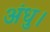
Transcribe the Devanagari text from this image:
अंधु।